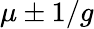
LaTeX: \mu\pm 1/g